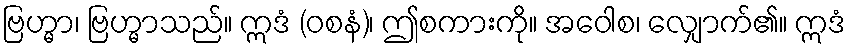
ဗြဟ္မာ၊ ဗြဟ္မာသည်။ ဣဒံ (ဝစနံ)၊ ဤစကားကို။ အဝေါစ၊ လျှောက်၏။ ဣဒံ